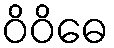
ဝိဝိဓေ